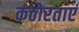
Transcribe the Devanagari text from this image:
कठोरताएं